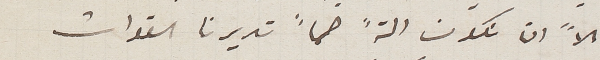
الاً ان نكون الةً صماً تديرنا القوات